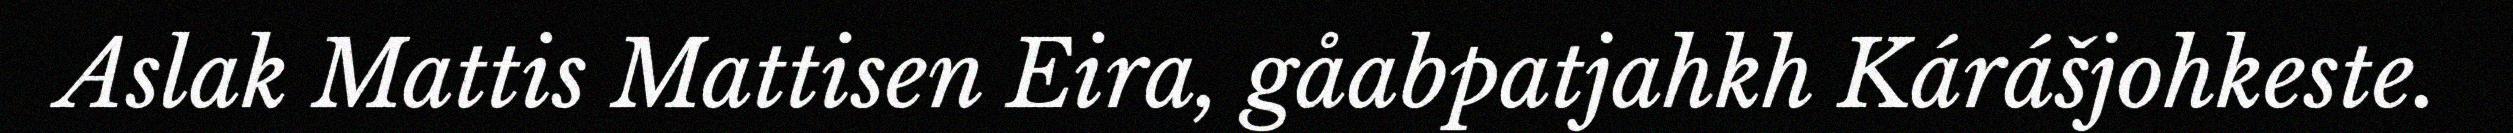
Aslak Mattis Mattisen Eira, gåabpatjahkh Kárášjohkeste.